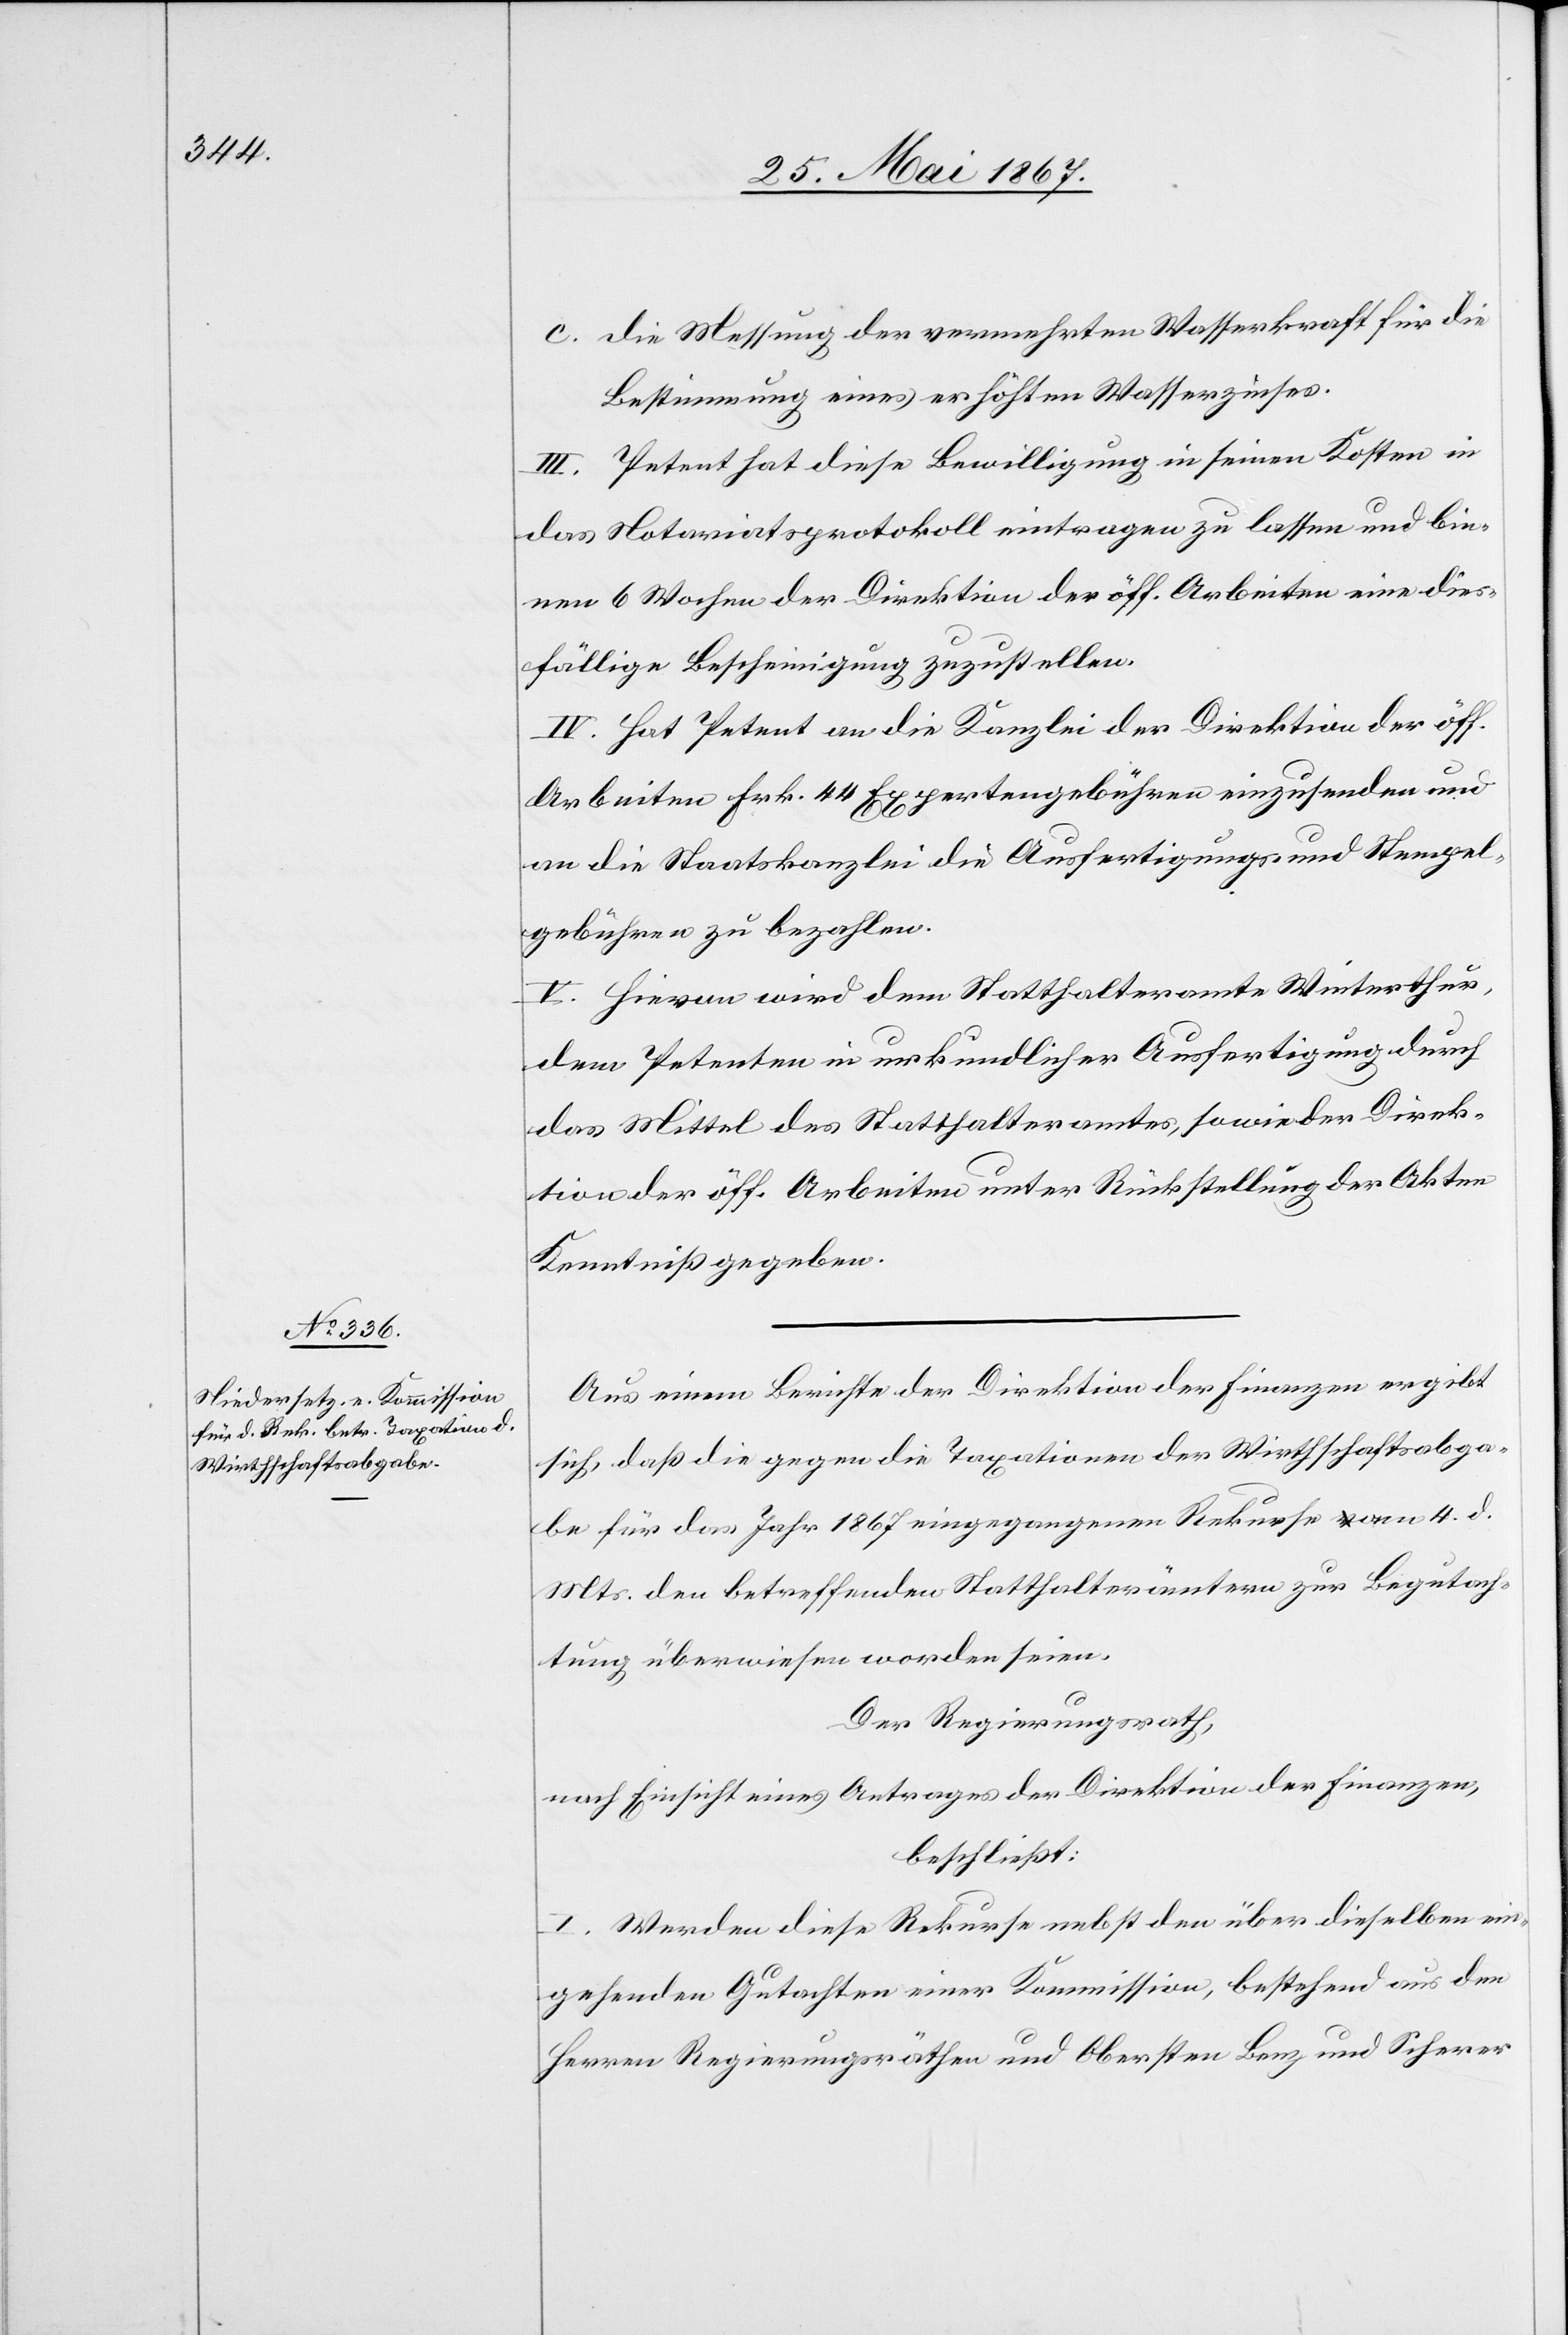
c.	die Messung der vermehrten Wasserkraft für die
Bestimmung eines erhöhten Wasserzinses.
III. Petent hat diese Bewilligung in seinen Kosten in
das Notariatsprotokoll eintragen zu lassen und bin¬
nen 6 Wochen der Direktion der öff. Arbeiten eine dies¬
fällige Bescheinigung zuzustellen.
IV. Hat Petent an die Kanzlei der Direktion der öff.
Arbeiten Frk. 44 Expertengebühren einzusenden und
an die Staatskanzlei die Ausfertigungs- und Stempel¬
gebühren zu bezahlen.
V. Hievon wird dem Statthalteramt Winterthur,
dem Petenten in urkundlicher Ausfertigung durch
das Mittel des Statthalteramtes, sowie der Direk¬
tion der öff. Arbeiten unter Rückstellung der Akten
Kenntniß gegeben.
Aus einem Berichte der Direktion der Finanzen ergibt
sich, daß die gegen die Taxationen der Wirthschaftsabga¬
be für das Jahr 1867 eingegangenen Rekurse vom 4. d.
Mts. den betreffenden Statthalterämtern zur Begutach¬
tung überwiesen worden seien.
Der Regierungsrath,
nach Einsicht eines Antrages der Direktion der Finanzen,
beschließt:
I. Werden diese Rekurse nebst den über dieselben ein¬
gehenden Gutachten einer Kommission, bestehend aus den
Herren Regierungsräthen und Obersten Benz und Scherer